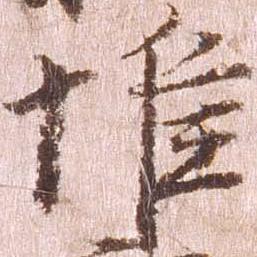
惟